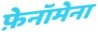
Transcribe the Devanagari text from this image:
फ़ेनॉमेना